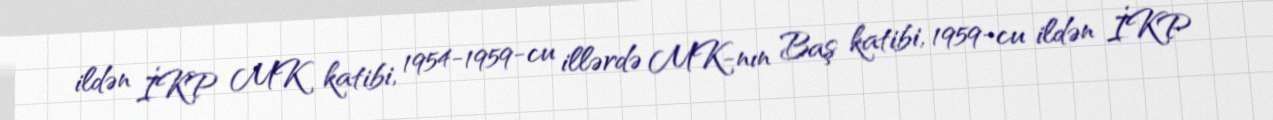
ildən İKP MK katibi, 1954-1959-cu illərdə MK-nın Baş katibi, 1959-cu ildən İKP